Indian journal of veterinary science and animal husbandry - Volumes 26-27, 1956-1957
Year: 1956
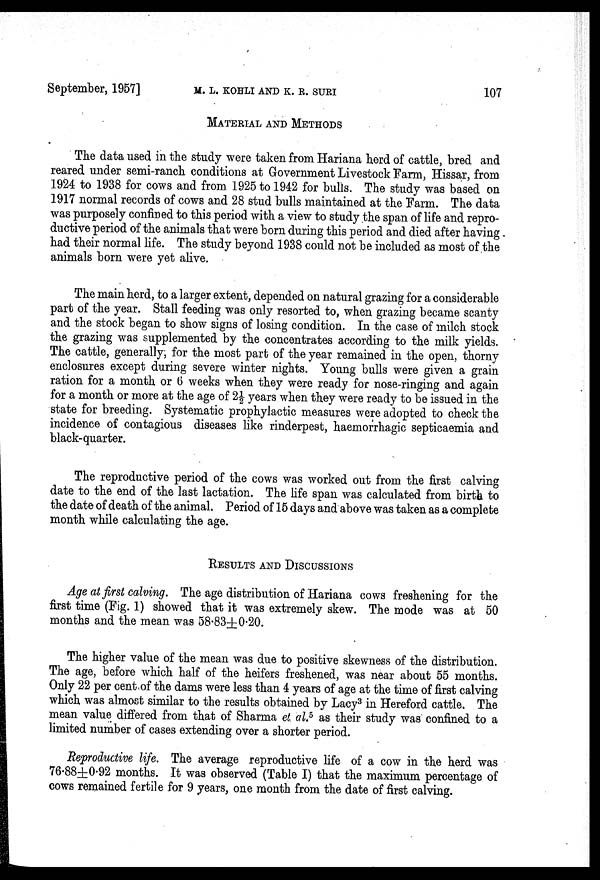
September, 1957]
M.
L.
KOHLI
AND
K.
R.
SURI
107
MATERIAL AND METHODS
The data used in the study were taken from Hariana herd of cattle, bred and
reared under semi-ranch conditions at Government Livestock Farm, Hissar, from
1924 to 1938 for cows and from 1925 to 1942 for bulls. The study was based on
1917 normal records of cows and 28 stud bulls maintained at the Farm. The data
was purposely confined to this period with a view to study the span of life and repro-
ductive period of the animals that were born during this period and died after having
had their normal life. The study beyond 1938 could not be included as most of the
animals born were yet alive.
The main herd, to a larger extent, depended on natural grazing for a considerable
part of the year. Stall feeding was only resorted to, when grazing became scanty
and the stock began to show signs of losing condition. In the case of milch stock
the grazing was supplemented by the concentrates according to the milk yields.
The cattle, generally, for the most part of the year remained in the open, thorny
enclosures except during severe winter nights. Young bulls were given a grain
ration for a month or 6 weeks when they were ready for nose-ringing and again
for a month or more at the age of 2½ years when they were ready to be issued in the
state for breeding. Systematic prophylactic measures were adopted to check the
incidence of contagious diseases like rinderpest, haemorrhagic septicaemia and
black-quarter.
The reproductive period of the cows was worked out from the first calving
date to the end of the last lactation. The life span was calculated from birth to
the date of death of the animal. Period of 15 days and above was taken as a complete
month while calculating the age.
RESULTS AND DISCUSSIONS
Age at first calving. The age distribution of Hariana cows freshening for the
first time (Fig. 1) showed that it was extremely skew. The mode was at 50
months and the mean was 58.83±0.20.
The higher value of the mean was due to positive skewness of the distribution.
The age, before which half of the heifers freshened, was near about 55 months.
Only 22 per cent of the dams were less than 4 years of age at the time of first calving
which was almost similar to the results obtained by Lacy 3 in Hereford cattle. The
mean value differed from that of Sharma et. al. 5 as their study was confined to a
limited number of cases extending over a shorter period.
Reproductive life. The average reproductive life of a cow in the herd was
76.88±0.92 months. It was observed (Table I) that the maximum percentage of
cows remained fertile for 9 years, one month from the date of first calving.